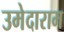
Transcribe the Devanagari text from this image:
उमेदाराम